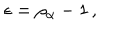
\epsilon = \rho _ { \alpha } - 1 \, ,